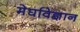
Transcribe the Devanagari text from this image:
मेघविज्ञान